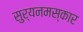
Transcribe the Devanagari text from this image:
सुर्यनमस्कार